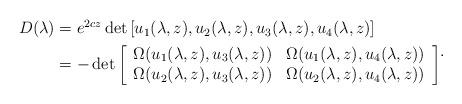
LaTeX: \begin{align*}\begin{aligned}D(\lambda) & =e^{2cz}\det\left[u_1(\lambda,z),u_2(\lambda,z),u_3(\lambda,z),u_4(\lambda,z)\right] \\&= -\det\left[\begin{array}{c c}\Omega(u_1(\lambda,z),u_3(\lambda,z)) & \Omega(u_1(\lambda,z),u_4(\lambda,z))\\\Omega(u_2(\lambda,z),u_3(\lambda,z)) & \Omega(u_2(\lambda,z),u_4(\lambda,z))\end{array}\right]\end{aligned}.\end{align*}